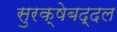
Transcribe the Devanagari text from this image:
सुरक्षेबद्दल